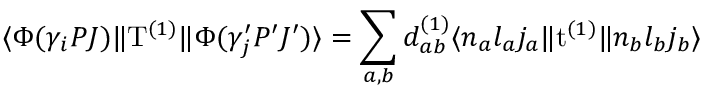
\langle \Phi ( \gamma _ { i } P J ) \| \mathrm { T } ^ { ( 1 ) } \| \Phi ( \gamma _ { j } ^ { \prime } P ^ { \prime } J ^ { \prime } ) \rangle = \sum _ { a , b } d _ { a b } ^ { ( 1 ) } \langle n _ { a } l _ { a } j _ { a } \| \mathrm { t } ^ { ( 1 ) } \| n _ { b } l _ { b } j _ { b } \rangle